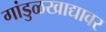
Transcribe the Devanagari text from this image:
गांडुळखाद्यावर